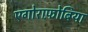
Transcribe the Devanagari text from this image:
एगोराफ़ोबिया